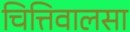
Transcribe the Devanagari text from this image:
चित्तिवालसा